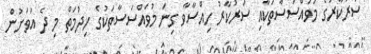
ސަރުކާރުގެ މުވައްސަސާތަކާއި ސަރުކާރު ހިއްސާވާ ގިނަ މުވައްސަސާތަކުގެ ހިދުމަތް މި ދެ އަވަށުން